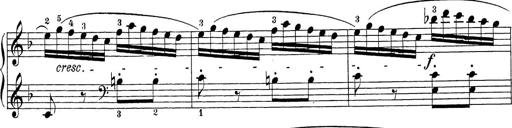
Title: Sonatina Album
Composer: Louis KÃ¶hler